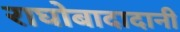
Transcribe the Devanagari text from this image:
राघोबादादानी